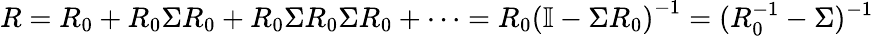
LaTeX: R=R_{0}+R_{0}\Sigma R_{0}+R_{0}\Sigma R_{0}\Sigma R_{0}+\dots=R_{0}\left(\mathbb{I}-\Sigma R_{0}\right)^{-1}=(R_{0}^{-1}-\Sigma)^{-1}